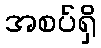
အစပ်ရှိ